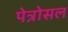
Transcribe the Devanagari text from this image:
पेत्रोसल